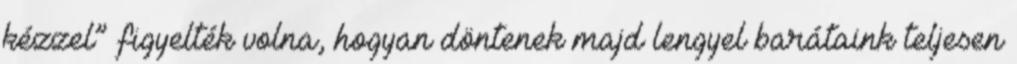
kézzel” figyelték volna, hogyan döntenek majd lengyel barátaink teljesen